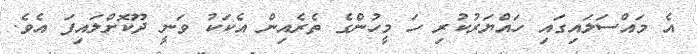
އެ މައްސަލައިގައި ހައްޔަރުކުރި ހަ މީހުންގެ ތެރެއިން އެކަކު ވަނީ ދޫކޮށްލައިފަ އެވެ.